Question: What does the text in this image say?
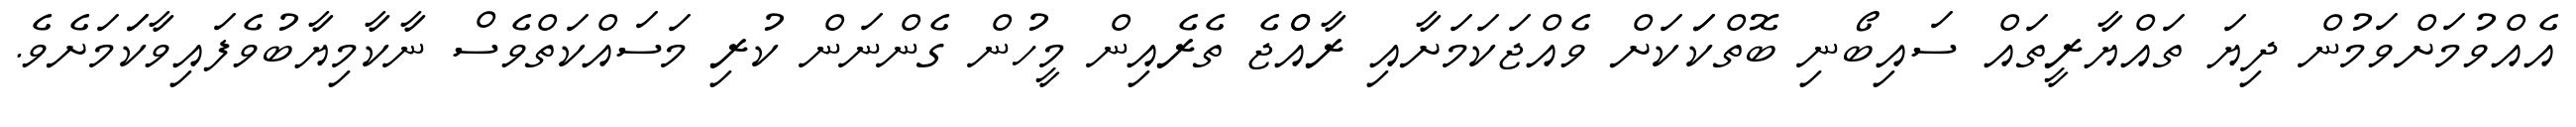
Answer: އެއްވުމަށްވަމުން ދިޔަ ތައްޔާރީތައް ސައިބޯނި ބޮތްކަަކަށް ވެއްޖަކަމަށާއި ރާއްްޖެ ތެރެއިން މީހުން ގެންނަން ކުރި މަސައްކަތްވެސް ނާކާމިޔާބުވެފައިވާކަަމަށެވެ.